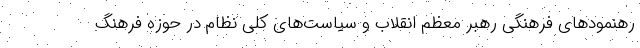
رهنمودهای فرهنگی رهبر معظم انقلاب و سیاست‌های کلی نظام در حوزه فرهنگ